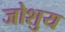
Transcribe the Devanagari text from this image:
जोशुय